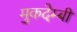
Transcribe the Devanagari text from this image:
मुकदेम्बी